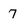
Character: 7